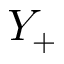
Y _ { + }